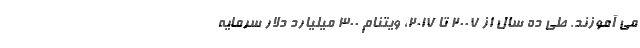
می آموزند. طی ده سال از 2007 تا 2017، ویتنام 300 میلیارد دلار سرمایه